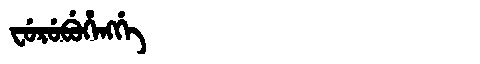
Manchu: ᠸᡠᡵᡠᠪᡠᡥᡝᠩᡤᡝ
Romanization: FURUBUHENGGE